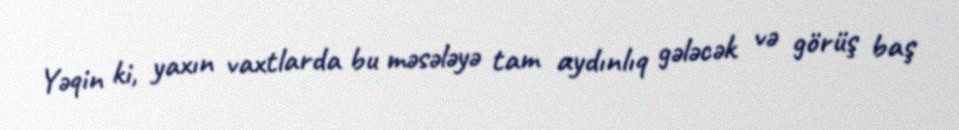
Yəqin ki, yaxın vaxtlarda bu məsələyə tam aydınlıq gələcək və görüş baş